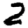
Digit: 2